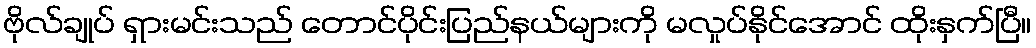
ဗိုလ်ချုပ် ရှားမင်းသည် တောင်ပိုင်းပြည်နယ်များကို မလှုပ်နိုင်အောင် ထိုးနှက်ပြီ။